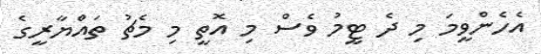
އެހެންވީމަ މި ދެ ޓީމު ވެސް މި އޮތީ މި މެޗު ތައްޔާރީގެ